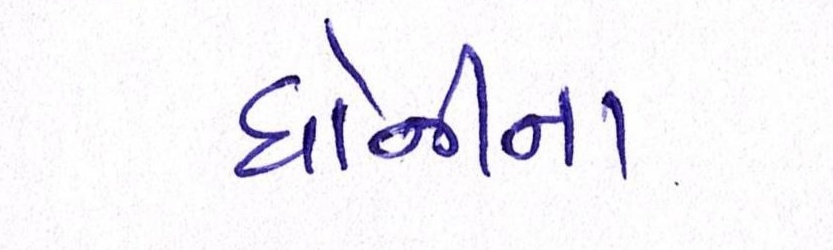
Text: ધોનીના